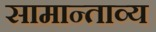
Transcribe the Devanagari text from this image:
सामान्ताव्य